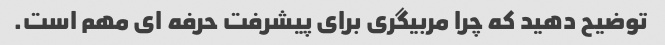
توضیح دهید که چرا مربیگری برای پیشرفت حرفه ای مهم است.